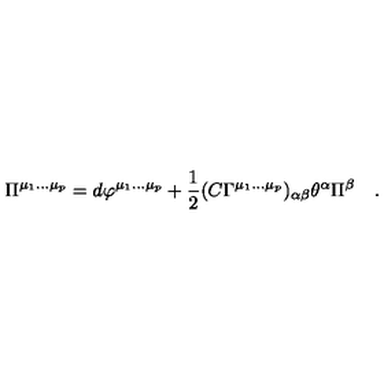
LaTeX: \Pi ^ { \mu _ { 1 } \dots \mu _ { p } } = d \varphi ^ { \mu _ { 1 } \dots \mu _ { p } } + { \frac { 1 } { 2 } } ( C \Gamma ^ { \mu _ { 1 } \dots \mu _ { p } } ) _ { \alpha \beta } \theta ^ { \alpha } \Pi ^ { \beta } \quad .